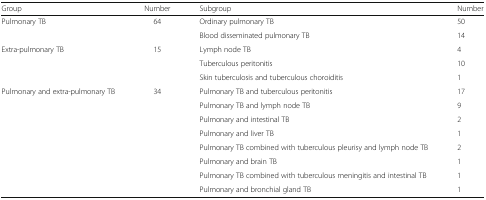
<table><thead><tr><td><b>Group</b></td><td><b>Number</b></td><td><b>Subgroup</b></td><td><b>Number</b></td></tr></thead><tbody><tr><td rowspan="2">Pulmonary TB</td><td rowspan="2">64</td><td>Ordinary pulmonary TB</td><td>50</td></tr><tr><td>Blood disseminated pulmonary TB</td><td>14</td></tr><tr><td rowspan="3">Extra-pulmonary TB</td><td rowspan="3">15</td><td>Lymph node TB</td><td>4</td></tr><tr><td>Tuberculous peritonitis</td><td>10</td></tr><tr><td>Skin tuberculosis and tuberculous choroiditis</td><td>1</td></tr><tr><td rowspan="8">Pulmonary and extra-pulmonary TB</td><td rowspan="8">34</td><td>Pulmonary TB and tuberculous peritonitis</td><td>17</td></tr><tr><td>Pulmonary TB and lymph node TB</td><td>9</td></tr><tr><td>Pulmonary and intestinal TB</td><td>2</td></tr><tr><td>Pulmonary and liver TB</td><td>1</td></tr><tr><td>Pulmonary TB combined with tuberculous pleurisy and lymph node TB</td><td>2</td></tr><tr><td>Pulmonary and brain TB</td><td>1</td></tr><tr><td>Pulmonary TB combined with tuberculous meningitis and intestinal TB</td><td>1</td></tr><tr><td>Pulmonary and bronchial gland TB</td><td>1</td></tr></tbody></table>